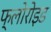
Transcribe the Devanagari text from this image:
फ्लोरोइड